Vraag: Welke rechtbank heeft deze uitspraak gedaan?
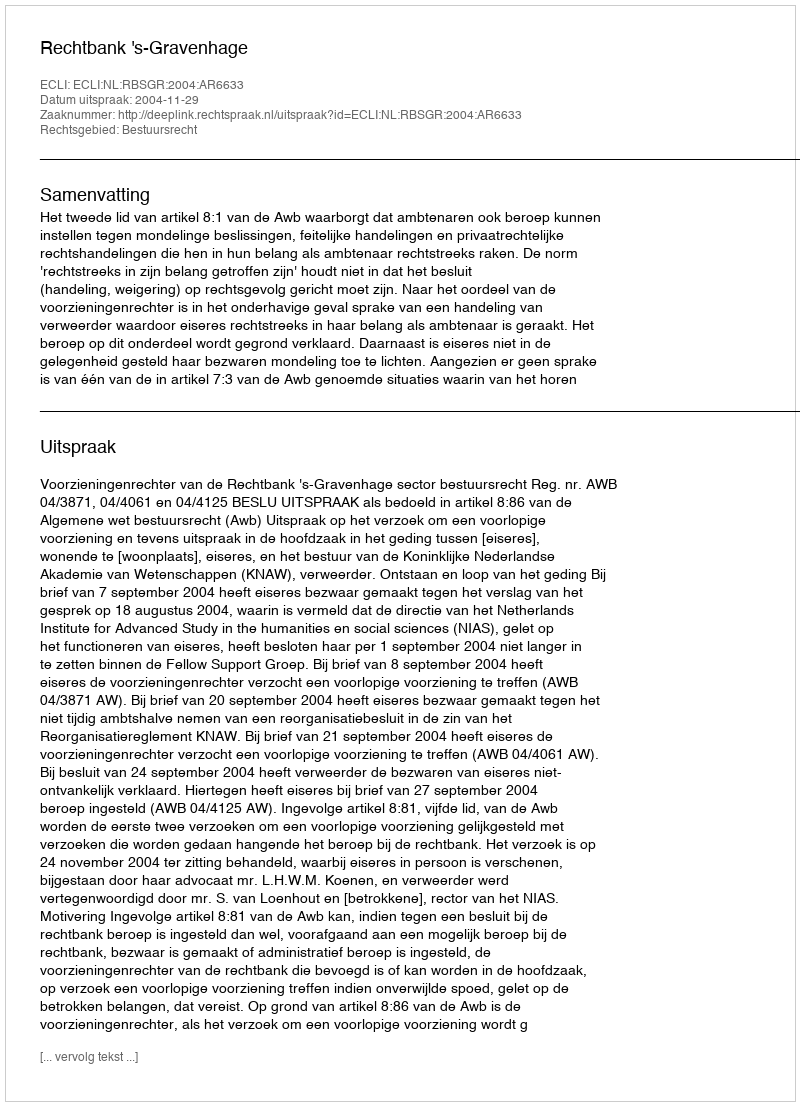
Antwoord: Rechtbank 's-Gravenhage